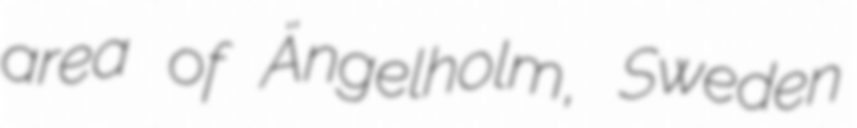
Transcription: area of Ängelholm, Sweden